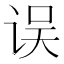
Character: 误